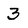
Character: 3